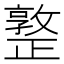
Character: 𣦤